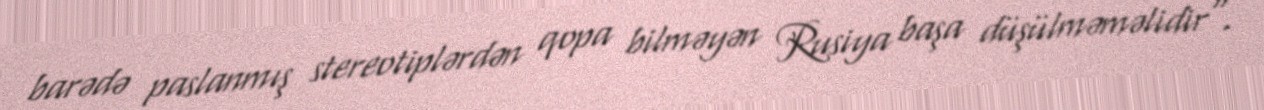
barədə paslanmış stereotiplərdən qopa bilməyən Rusiya başa düşülməməlidir".